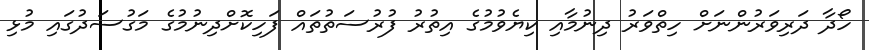
ހޯދާ ދަރިވަރުންނަށް ހިތްވަރު ދިނުމާއި ކިޔެވުމުގެ އިތުރު ފުރުސަތުތައް ފަހިކޮށްދިނުމުގެ މަގުސަދުގައި މުޅި